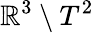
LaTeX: \mathbb{R}^{3}\setminus T^{2}